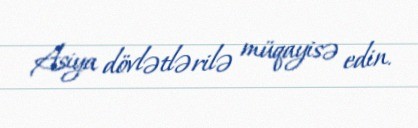
Asiya dövlətlərilə müqayisə edin.